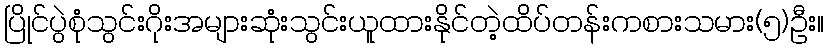
ပြိုင်ပွဲစုံသွင်းဂိုးအများဆုံးသွင်းယူထားနိုင်တဲ့ထိပ်တန်းကစားသမား(၅)ဦး။